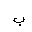
Letter: _ba